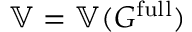
\mathbb { V } = \mathbb { V } ( G ^ { \mathrm { f u l l } } )